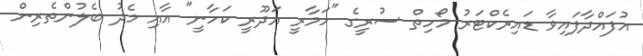
އުފައްދާފައިވާ ޑައިރެކްޓަރު މޯހިތް ސުރީގެ "ހަމާރީ އަދޫރީ ކަހާނީ" އާއި މެދު ބެލުންތެރިން